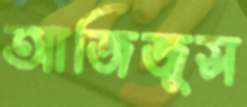
আজিজুস